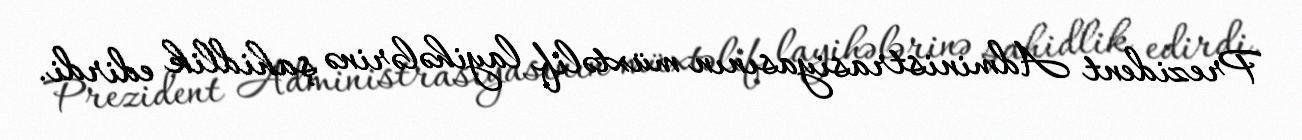
Prezident Administrasiyasının müxtəlif layihələrinə şahidlik edirdi.